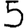
Digit: 5